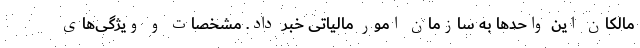
مالکان این واحدها به سازمان امور مالیاتی خبر داد. مشخصات و ویژگی‌های